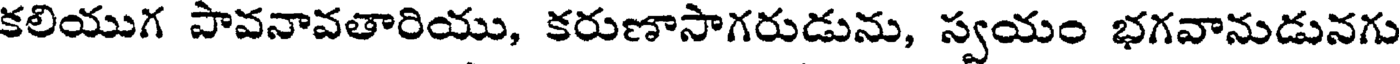
కలియుగ పావనావతారియు, కరుణాసాగరుడును, స్వయం భగవానుడునగు